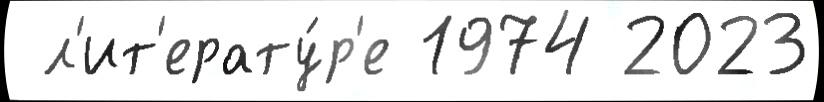
 л'ит'ерату́р'е 1974 2023